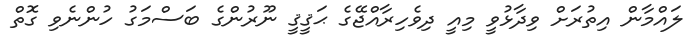
ލައްމާން އިތުރަށް ވިދާޅުވީ މިއީ ދިވެހިރާއްޖޭގެ ޙަޤީޤީ ނޫރުންގެ ބަސްމަގު ހުންނެވި ގޮތް